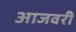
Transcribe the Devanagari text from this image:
आजवरी